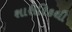
શારીરિકથી